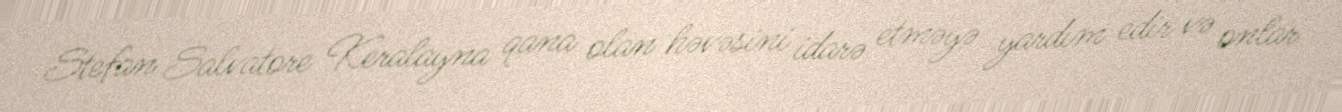
Stefan Salvatore Keralayna qana olan həvəsini idarə etməyə yardım edir və onlar